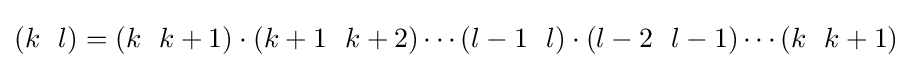
(k~~l)=(k~~k+1)\cdot (k+1~~k+2)\cdots (l-1~~l)\cdot (l-2~~l-1)\cdots (k~~k+1)